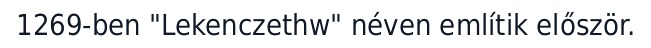
1269-ben "Lekenczethw" néven említik először.